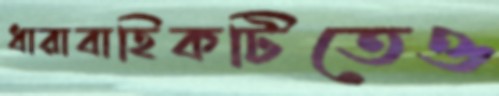
ধারাবাহিকটিতেও